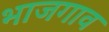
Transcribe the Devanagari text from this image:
भाजगाव